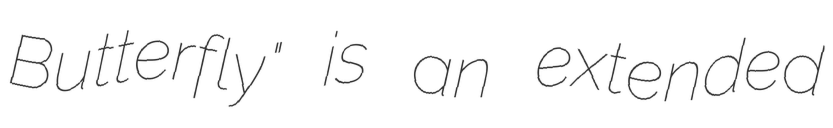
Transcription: Butterfly" is an extended